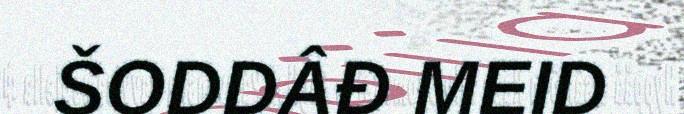
ŠODDÂĐ MEID